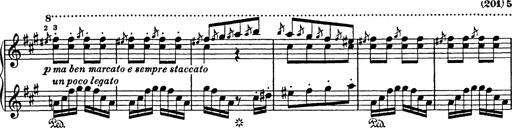
Title: Mephisto Polka
Composer: Franz Liszt